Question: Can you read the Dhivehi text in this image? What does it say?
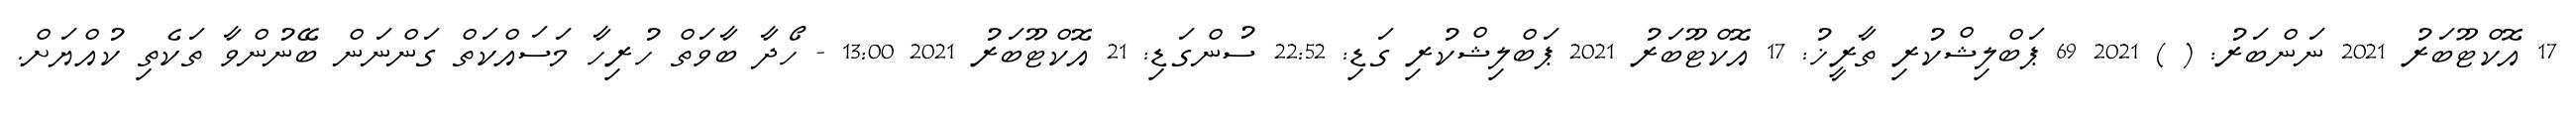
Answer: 17 އޮކްޓޫބަރު 2021 ނަންބަރު: ( ) 2021 69 ޕަބްލިޝްކުރި ތާރީޚު: 17 އޮކްޓޫބަރު 2021 ޕަބްލިޝްކުރި ގަޑި: 22:52 ސުންގަޑި: 21 އޮކްޓޫބަރު 2021 13:00 - ހޯދާ ބާވަތް ހުރިހާ މަސައްކަތް ގަންނަން ބޭނުންވާ ތަކެތި ކުއްޔަށް.